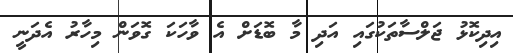
އިދިކޮޅު ޖަލްސާތަކުގައި އަދި މާ ބޮޑަށް އެ ވާހަކަ ގޮވަން މިހާރު އެދަނީ